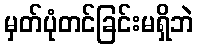
မှတ်ပုံတင်ခြင်းမရှိဘဲ